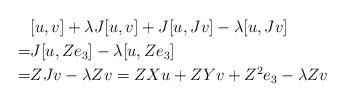
LaTeX: \begin{align*}& [u,v]+\lambda J[u,v] + J[u,Jv]-\lambda [u,Jv] \\=&J[u,Ze_3]-\lambda [u,Ze_3] \\=&ZJv-\lambda Z v=ZXu+ZYv+Z^2e_3-\lambda Zv\end{align*}